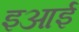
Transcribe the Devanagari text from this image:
इआई